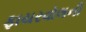
ફાયરવોલની